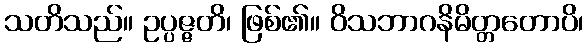
သတိသည်။ ဥပ္ပဇ္ဇတိ၊ ဖြစ်၏။ ဝိသဘာဂနိမိတ္တတောပိ၊